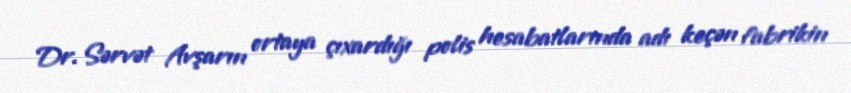
Dr. Sərvət Avşarın ortaya çıxardığı polis hesabatlarında adı keçən fabrikin